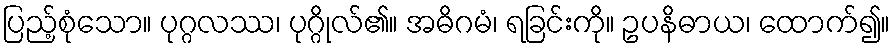
ပြည့်စုံသော။ ပုဂ္ဂလဿ၊ ပုဂ္ဂိုလ်၏။ အဓိဂမံ၊ ရခြင်းကို။ ဥပနိဓာယ၊ ထောက်၍။